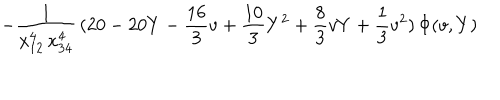
- \frac { 1 } { x _ { 1 2 } ^ { 4 } \, x _ { 3 4 } ^ { 4 } } \, ( 2 0 - 2 0 Y - \frac { 1 6 } { 3 } v + \frac { 1 0 } { 3 } Y ^ { 2 } + \frac { 8 } { 3 } v Y + \frac { 1 } { 3 } v ^ { 2 } ) \, \Phi ( v , Y )